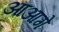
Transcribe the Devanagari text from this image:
आआगे